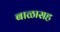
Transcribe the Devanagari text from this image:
बाळासह